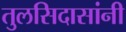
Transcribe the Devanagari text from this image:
तुलसिदासांनी